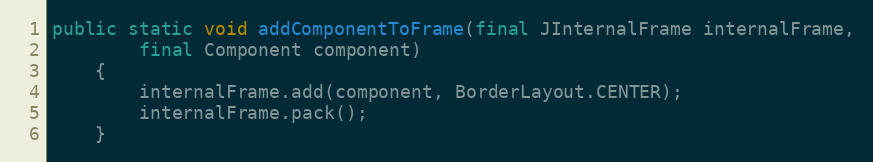
Language: Java
public static void addComponentToFrame(final JInternalFrame internalFrame,
		final Component component)
	{
		internalFrame.add(component, BorderLayout.CENTER);
		internalFrame.pack();
	}